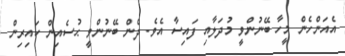
އެއަންހެން މީހާ ބޭނުންވީ މުދަލާއި ފައިސާ އެވެ. ދެން ބޭނުންވީ ޙުސެއިން ކައިރިން